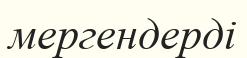
мергендерді